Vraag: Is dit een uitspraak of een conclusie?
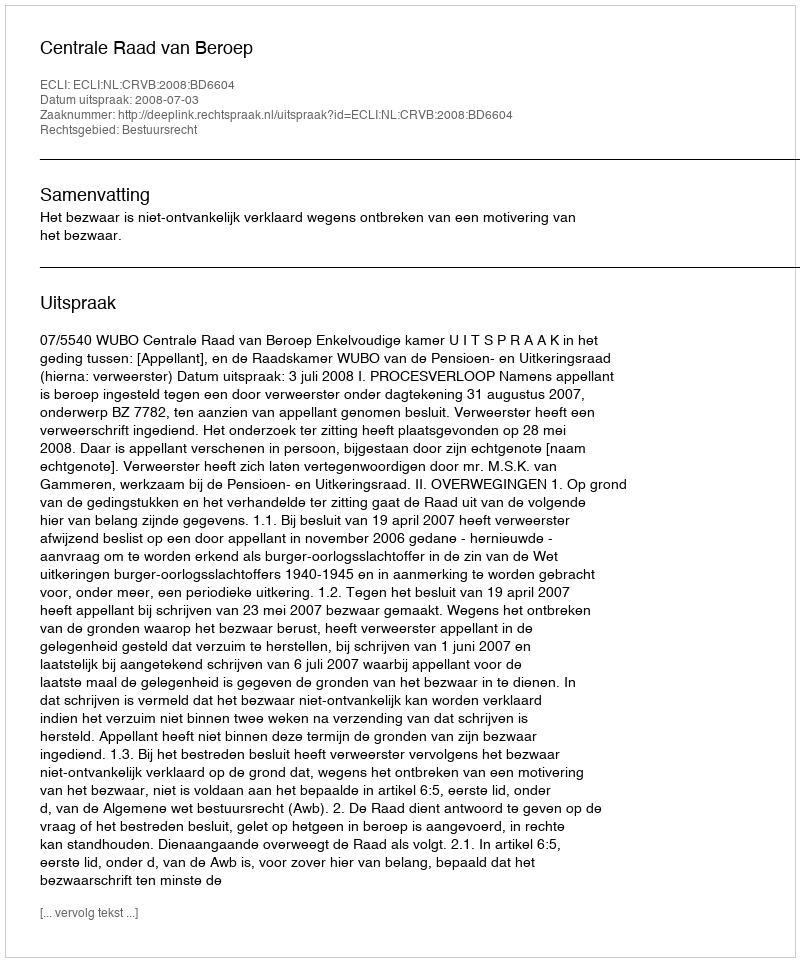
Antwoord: Uitspraak